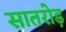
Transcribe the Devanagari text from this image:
सातरोड़